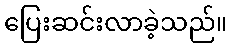
ပြေးဆင်းလာခဲ့သည်။